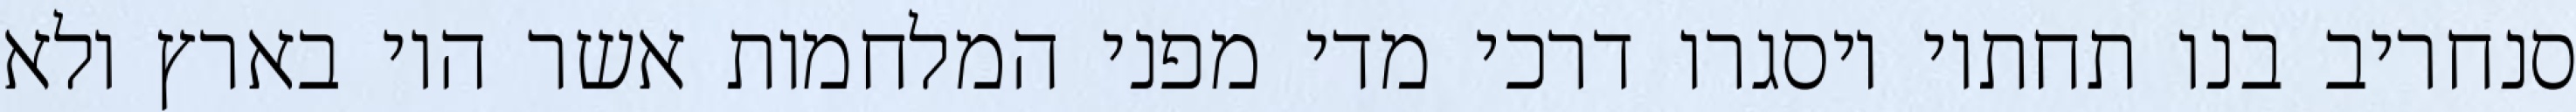
סנחריב בנו תחתיו ויסגרו דרכי מדי מפני המלחמות אשר היו בארץ ולא